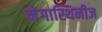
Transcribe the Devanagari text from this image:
मेगास्थिनीज